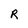
Character: R